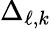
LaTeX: \Delta_{\ell,k}